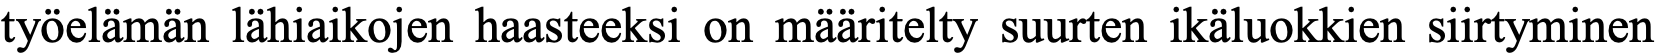
työelämän lähiaikojen haasteeksi on määritelty suurten ikäluokkien siirtyminen